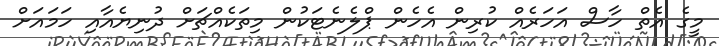
މީގެ އެތް ހާސް އަހަރެއް ކުރިން އެހެން ޕްލެނެޓަކުން މިތަކެއްޗަށް ދުނިޔެއާއި ހަމައަށް